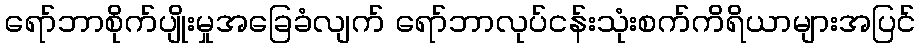
ရော်ဘာစိုက်ပျိုးမှုအခြေခံလျက် ရော်ဘာလုပ်ငန်းသုံးစက်ကိရိယာများအပြင်